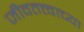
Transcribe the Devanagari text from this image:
जीवतत्त्वाच्या